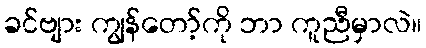
ခင်ဗျား ကျွန်တော့်ကို ဘာ ကူညီမှာလဲ။